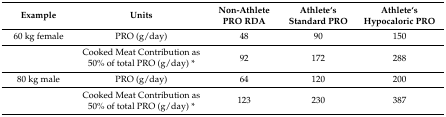
<table><thead><tr><td><b>Example</b></td><td><b>Units</b></td><td><b>Non-Athlete PRO RDA</b></td><td><b>Athlete‘s Standard PRO</b></td><td><b>Athlete‘s Hypocaloric PRO</b></td></tr></thead><tbody><tr><td>60 kg female</td><td>PRO (g/day)</td><td>48</td><td>90</td><td>150</td></tr><tr><td></td><td>Cooked Meat Contribution as 50% of total PRO (g/day) *</td><td>92</td><td>172</td><td>288</td></tr><tr><td>80 kg male</td><td>PRO (g/day)</td><td>64</td><td>120</td><td>200</td></tr><tr><td></td><td>Cooked Meat Contribution as 50% of total PRO (g/day) *</td><td>123</td><td>230</td><td>387</td></tr></tbody></table>